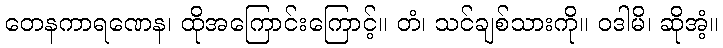
တေနကာရဏေန၊ ထိုအကြောင်းကြောင့်။ တံ၊ သင်ချစ်သားကို။ ဝဒါမိ၊ ဆိုအံ့။